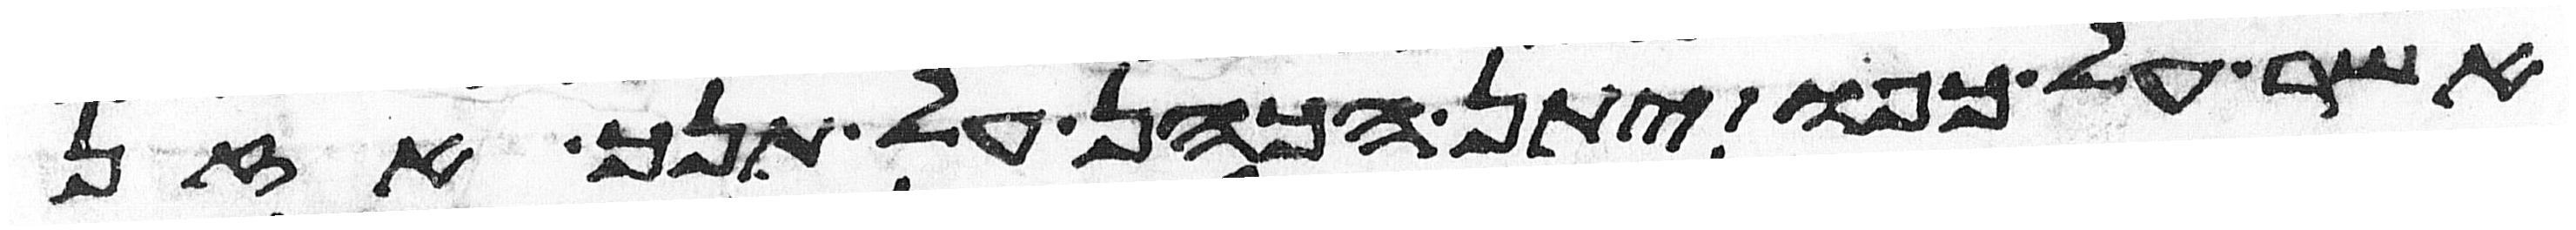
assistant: אשר על כפו יתן הכהן על תנך אזן